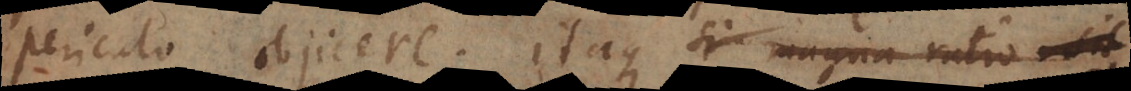
periculo objicere. Itaque si magna ratio